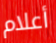
أعلام